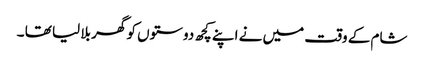
شام کے وقت میں نے اپنے کچھ دوستوں کو گھر بلا لیا تھا ۔